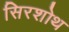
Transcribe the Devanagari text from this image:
सिरशोथ